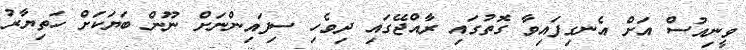
ވީނިއުސް އަށް އެނގިފައިވާ ގޮތުގައި ރާއްޖޭގައި ދިވެހި ސިފައިންނަށް ނޫން ބަޔަކަށް ހަތިޔާރު